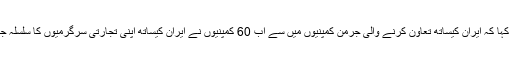
انہوں نے مزید کہا کہ ایران کیساتھ تعاون کرنے والی جرمن کمپنیوں میں سے اب 60 کمپنیوں نے ایران کیساتھ اپنی تجارتی سرگرمیوں کا سلسلہ جاری رکھا ہے۔